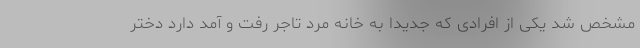
مشخص شد یکی از افرادی که جدیداً به خانه مرد تاجر رفت و آمد دارد دختر